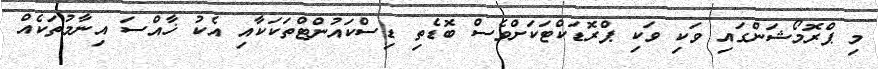
މި ޕްރޮމޯޝަންގައި ވަކި ވަކި ޕްރޮޑަކްޓަކަށްވެސް ބޮޑެތި ޑިސްކައުންޓްތަކަކާއި އެކު ޚާއްސަ އިނާމުތަކެއް